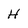
Character: H